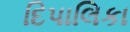
દિપાલિકા